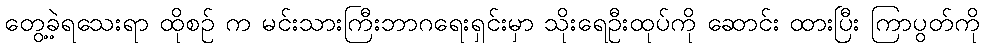
တွေ့ခဲ့ရသေးရာ ထိုစဉ် က မင်းသားကြီးဘာဂရေးရှင်းမှာ သိုးရေဦးထုပ်ကို ဆောင်း ထားပြီး ကြာပွတ်ကို